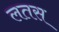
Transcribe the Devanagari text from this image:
लतस